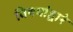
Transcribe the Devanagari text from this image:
विषयांद्वारे